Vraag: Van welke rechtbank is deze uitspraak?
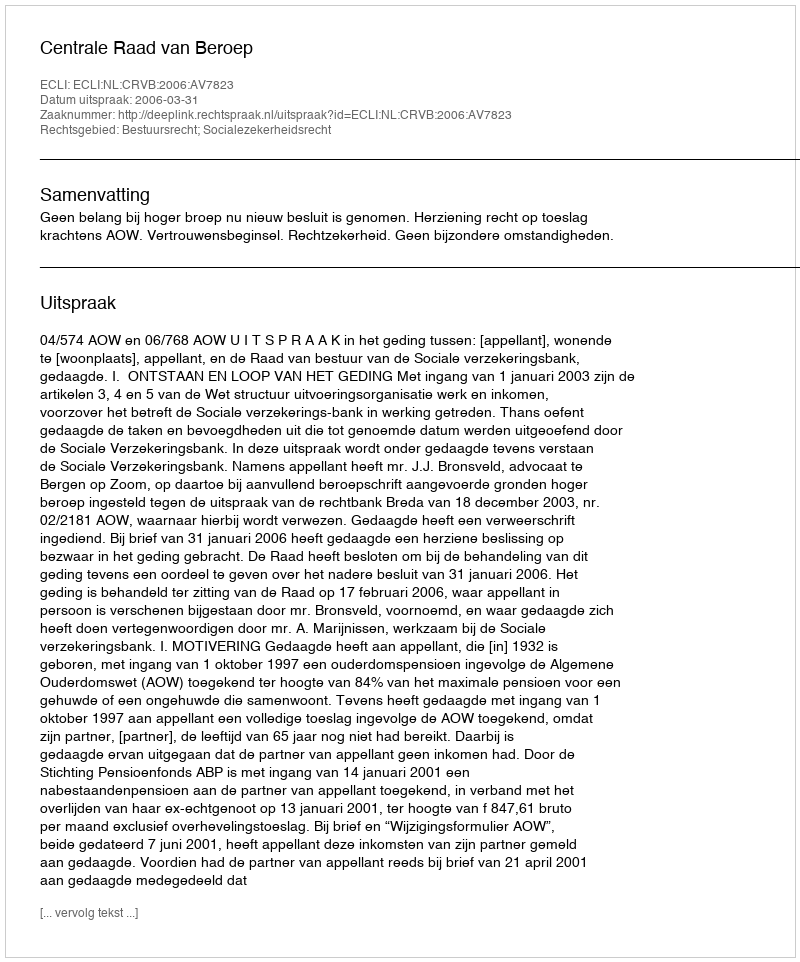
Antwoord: Centrale Raad van Beroep